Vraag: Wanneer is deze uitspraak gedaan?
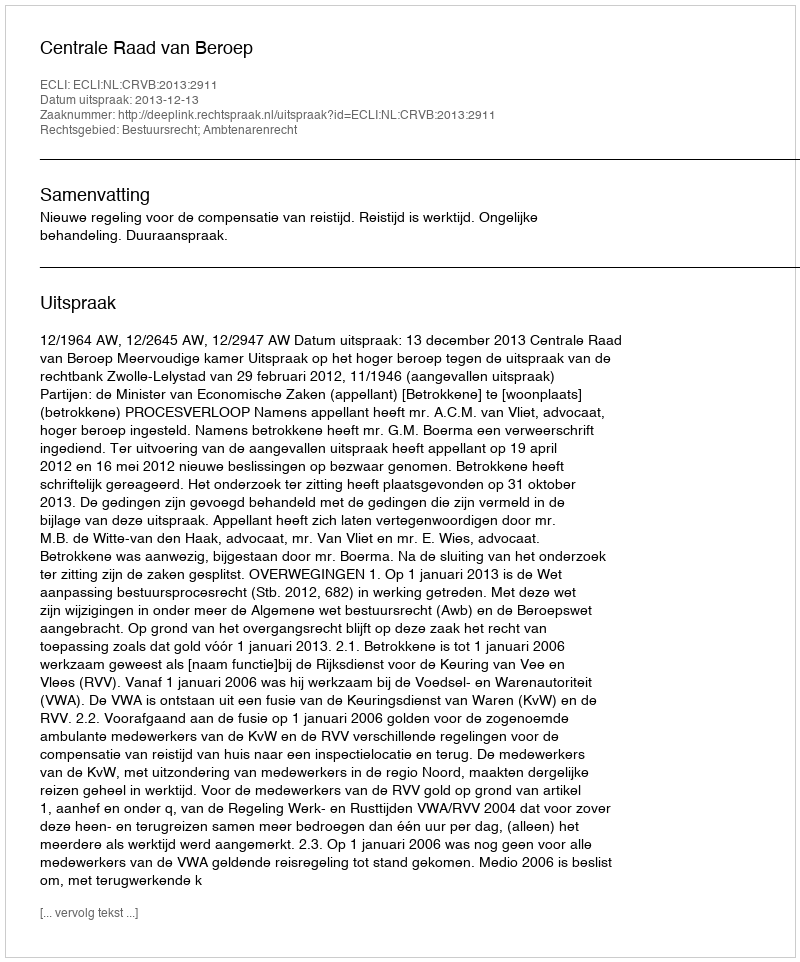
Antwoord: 2013-12-13